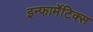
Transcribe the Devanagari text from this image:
इन्फार्मेटिक्स